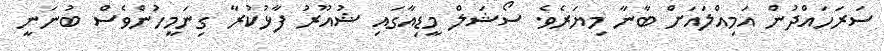
ސަރަހައްދުން އަމިއްލައަށް ބާނާ މިޔަރެވެ. ސޯޝަލް މީޑިއާގައި ޝުއޫރު ފާޅުކުރާ ގިނަމީހުންވެސް ބުނަނީ